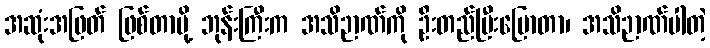
အဆုံးအဖြတ် ဖြစ်တာမို့ ဘုန်းကြီးက အသိဉာဏ်ကို ဦးတည်ပြီးပြောတာ၊ အသိဉာဏ်ပါတဲ့